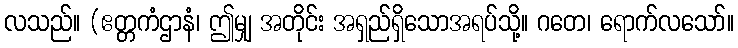
လသည်။ (ဧတ္တကံဌာနံ၊ ဤမျှ အတိုင်း အရှည်ရှိသောအရပ်သို့။ ဂတေ၊ ရောက်လသော်။